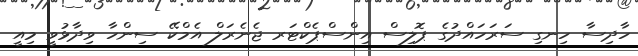
ހާދިސާ ހިނގި ސަރަހައްދުގެ ޕޮލިސް އިންސްޕެކްޓަރ ޖެނެރަލް އެމްކޭ ސިންހާ ވިދާޅުވީ މިއީ